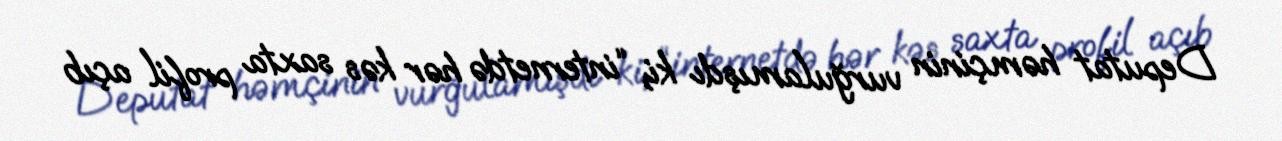
Deputat həmçinin vurğulamışdı ki, “internetdə hər kəs saxta profil açıb